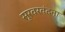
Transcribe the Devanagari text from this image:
सूरवरवंदना